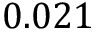
0 . 0 2 1